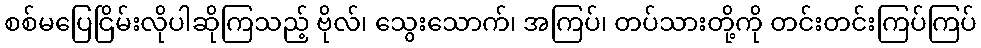
စစ်မပြေငြိမ်းလိုပါဆိုကြသည့် ဗိုလ်၊ သွေးသောက်၊ အကြပ်၊ တပ်သားတို့ကို တင်းတင်းကြပ်ကြပ်